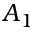
A _ { 1 }